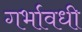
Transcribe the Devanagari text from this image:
गर्भावधी